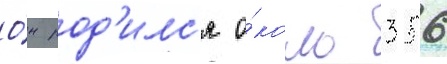
О́н род'илс'я о́коло 356